Document type: Emphyteutic lease
Year: 1333
Scribe: Berenguer Simó
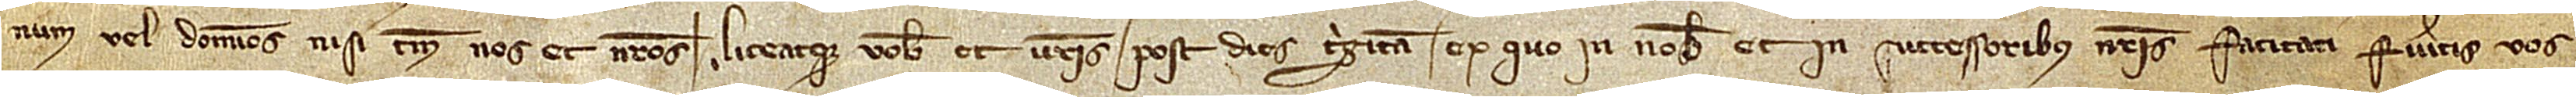
num vel dominos nisi tamen nos et nostros. Liceatque vobis et vestris post dies triginta ex quo in nobis et in successoribus nostris faticati fueritis vos